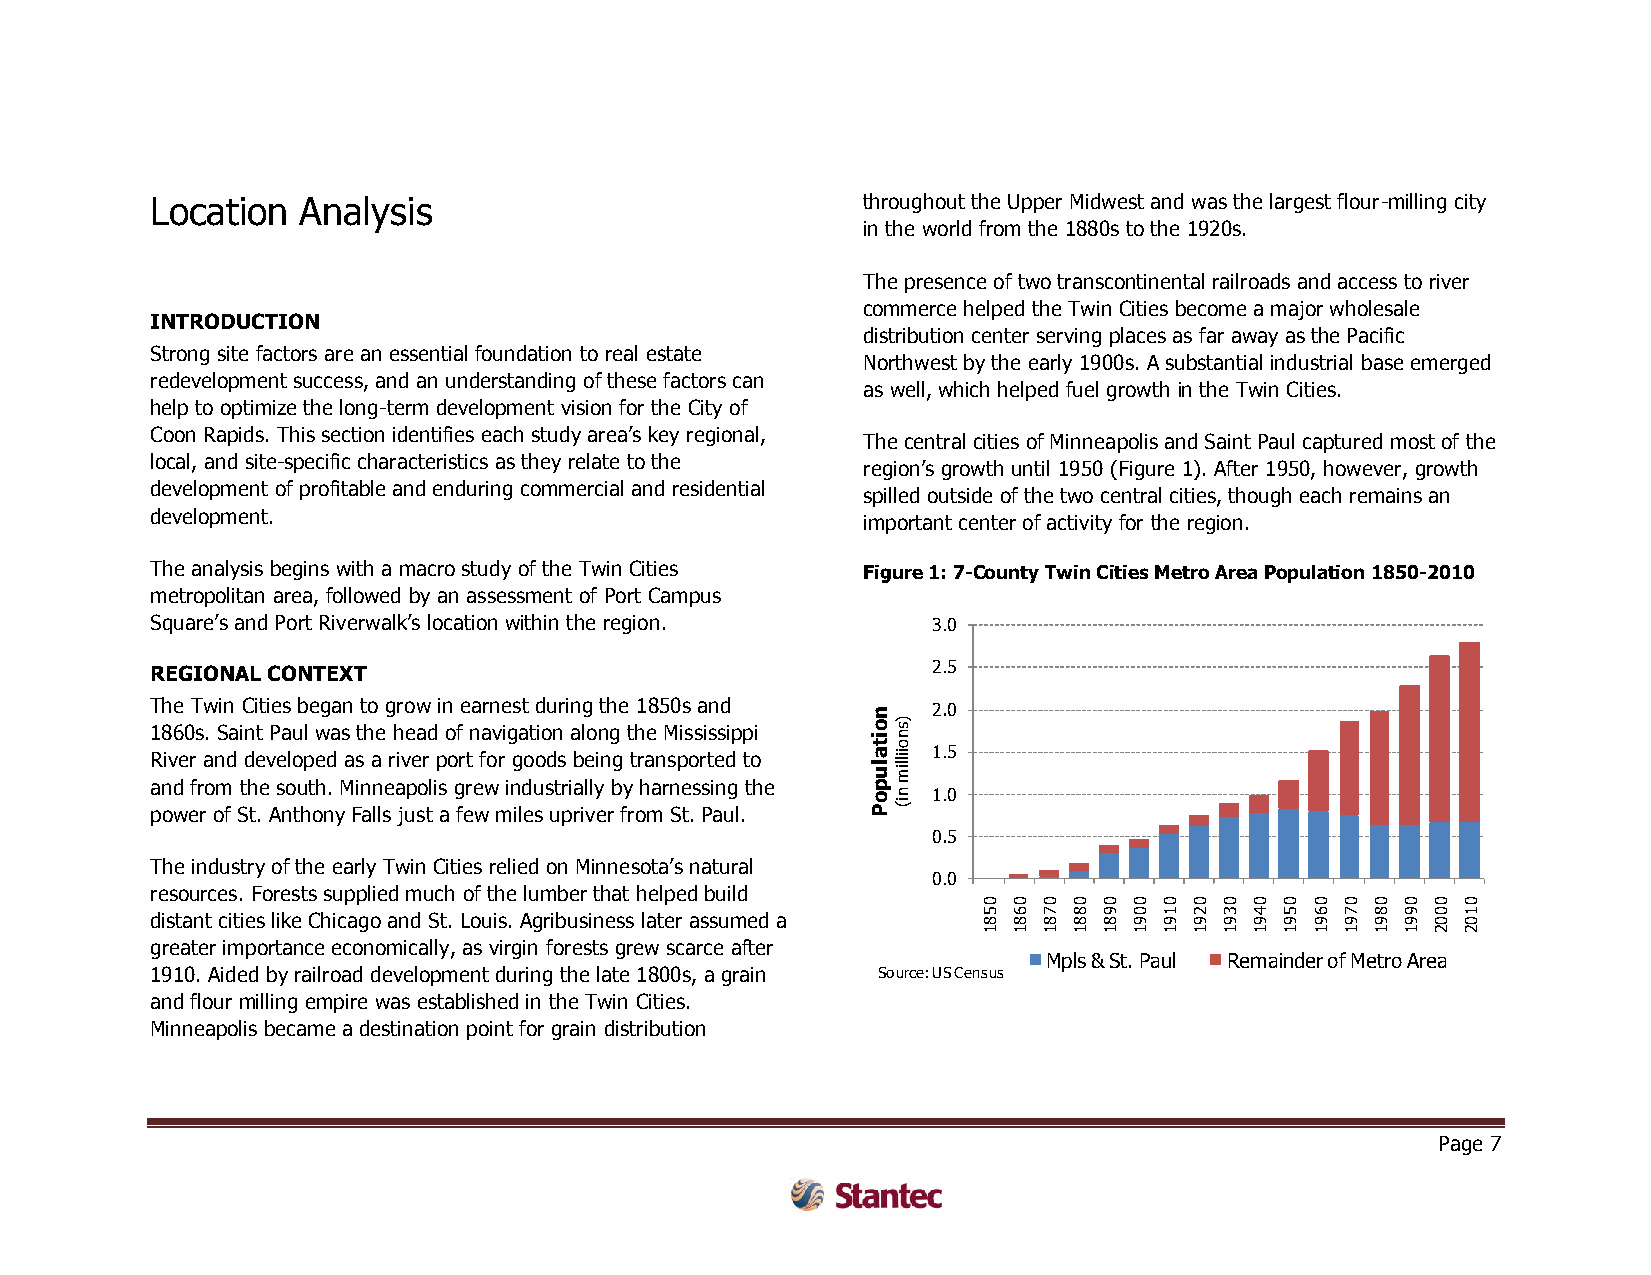
Location  Analysis                             throughout the Upper Midwest and was the largest flour-milling city
 in the world from the 1880s to the 1920s.
 The presence of two transcontinental railroads and access to river
 commerce helped the Twin Cities become a major wholesale
 INTRODUCTION
 distribution center serving places as far away as the Pacific
 Strong site factors are an essential foundation to real estate
 Northwest by the early 1900s. A substantial industrial base emerged
 redevelopment success, and an understanding of these factors can
 as well, which helped fuel growth in the Twin Cities.
 help to optimize the long-term development vision for the City of
 Coon Rapids. This section identifies each study area’s key regional,
 The central cities of Minneapolis and Saint Paul captured most of the
 local, and site-specific characteristics as they relate to the
 region’s growth until 1950 (Figure 1). After 1950, however, growth
 development of profitable and enduring commercial and residential
 spilled outside of the two central cities, though each remains an
 development.
 important center of activity for the region.
 The analysis begins with a macro study of the Twin Cities Figure 1: 7-County Twin Cities Metro Area Population 1850-2010
 metropolitan area, followed by an assessment of Port Campus
 Square’s and Port Riverwalk’s location within the region. 3.0
 REGIONAL CONTEXT                                    2.5
 The Twin Cities began to grow in earnest during the 1850s and n 2.0
 1 R8 iv6 e0 rs a. nS da i dn et vP ea lou pl ew da s
 a
 st h ae rh ive ea rd
 p
 o of
 r
 tn fa ov ri g ga ot oio dn
 s
 a bl eo in ng
 g
 t th rae
 n
 M spis os ri ts es dip p toi o it
 a
 l
 u)s n
 o iillim 1.5
 a pn od
 w
 efr ro om
 f
 Sth t.e
 A
 s no tu ht oh n. yM Fin an llse a jup so tl is
 a
 g fere ww
 m
 in ild eu
 s
 s ut pri ra il vly
 e
 rb fy
 r
 oh mar n Se t.s Psi an ug
 l
 .t he    p
 o
 P
 n i( 1.0
 0.5
 The industry of the early Twin Cities relied on Minnesota’s natural
 0.0
 resources. Forests supplied much of the lumber that helped build
 0 0 0 0 0 0 0 0 0 0 0 0 0 0 0 0 0
 distant cities like Chicago and St. Louis. Agribusiness later assumed a 5 8 6 8 7 8 8 8 9 8 0 9 1 9 2 9 3 9 4 9 5 9 6 9 7 9 8 9 9 9 0 0 1 0
 1 1 1 1 1 1 1 1 1 1 1 1 1 1 1 2 2
 greater importance economically, as virgin forests grew scarce after
 Mpls & St. Paul Remainder of Metro Area
 1910. Aided by railroad development during the late 1800s, a grain Source: US Census
 and flour milling empire was established in the Twin Cities.
 Minneapolis became a destination point for grain distribution
 Page 7